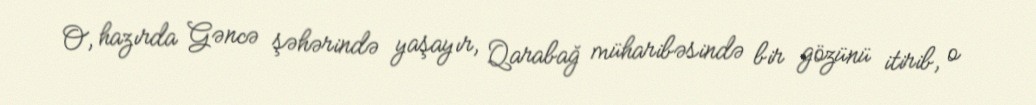
O, hazırda Gəncə şəhərində yaşayır, Qarabağ müharibəsində bir gözünü itirib, o